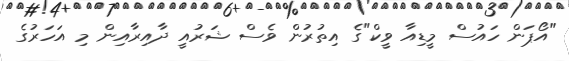
"އޯޕަން ހައުސް މީޑިއާ ވީކް"ގެ އިތުރުން ވެސް ޝަރުއީ ދާއިރާއިން މި އަހަރުގެ